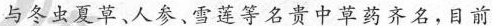
与冬虫夏草、人参、雪莲等名贵中草药齐名，目前